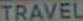
TRAVEL